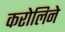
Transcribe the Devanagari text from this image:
करोलिने